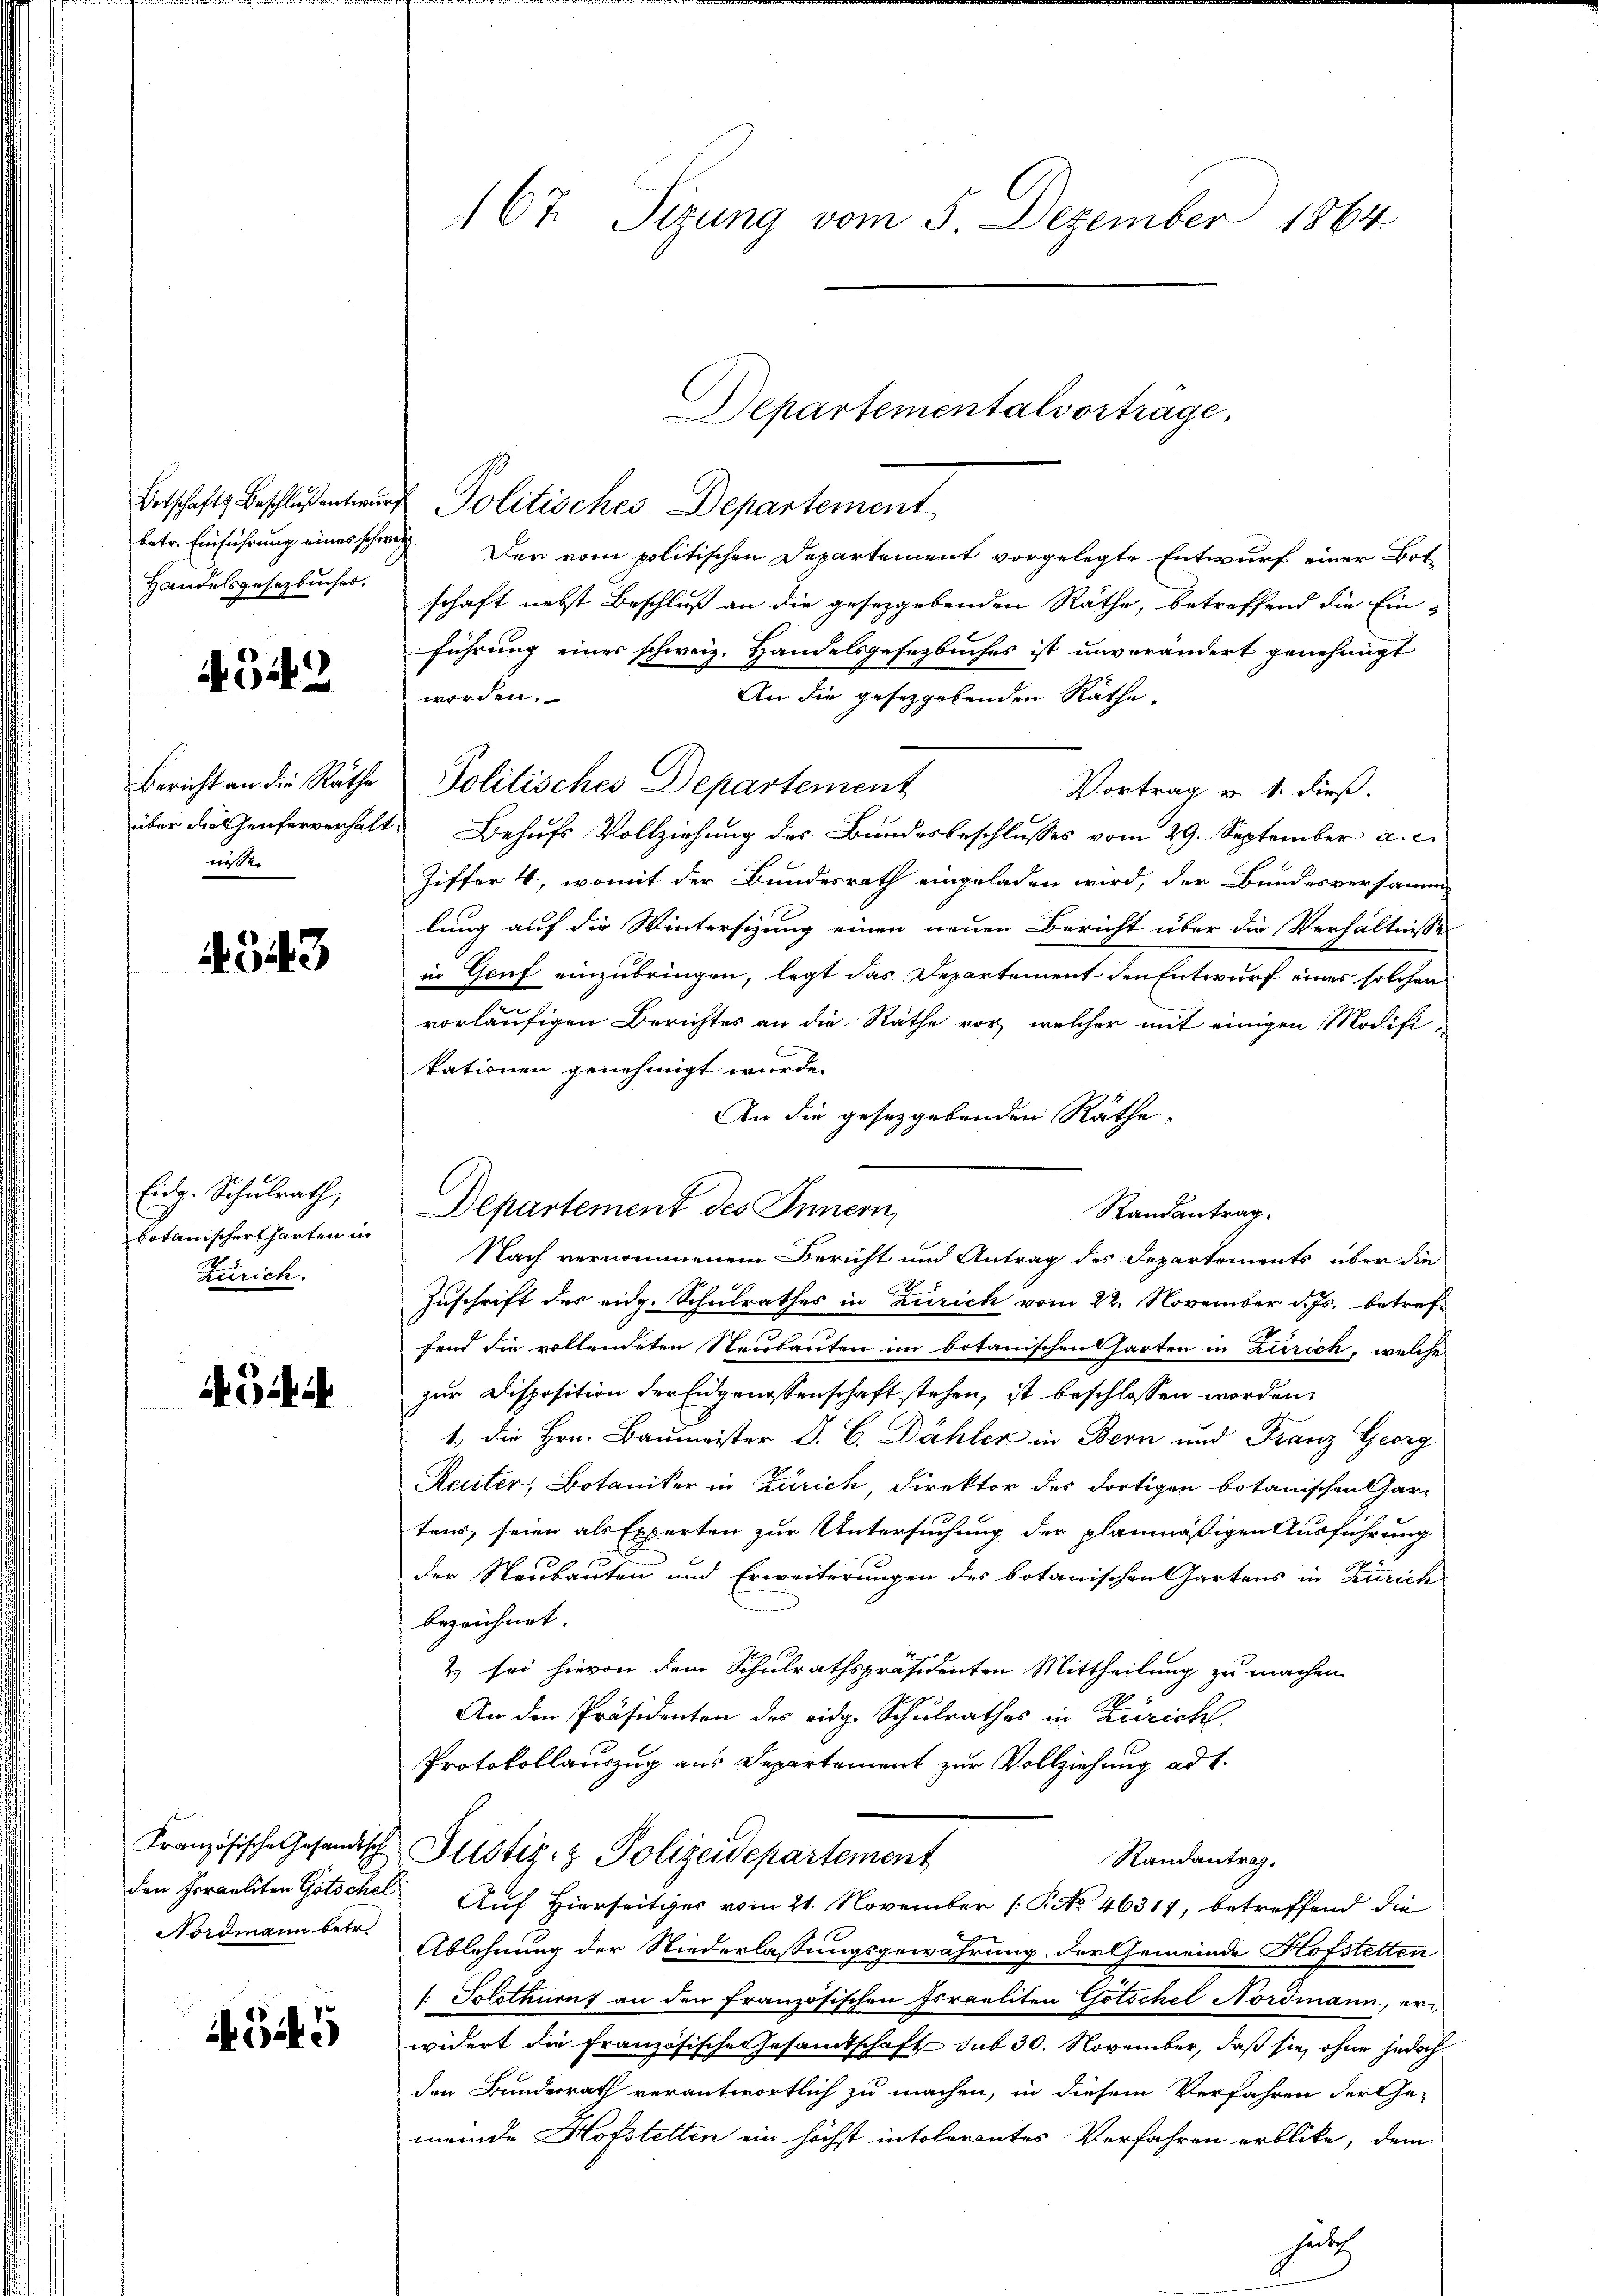
Ortschafts Beschluß entwurbetr. Einführung eines schon
Handelsgesetzbuches.

4542

Bericht an die Räthe
über dolhenferverhalt
weste

343

Eidg. Schulrath,
botanischer Garten in
Zürich.

Gii

Französische Gesandtsch
den Irraeliten Gotschel
Nordmann betr.

4545

167. Sizung vom 5. Dezember 1864

u Politisches Departement
h
Den vom politischen Departement vorgelegte Entwurf einer Botschaft nebst Beschluß an die gesezgebenden Räthe, betreffend die Ein-
führung eines schweiz. Handelsgesetzbuches ist unverändert genehmigt
An die gesetzgebenden Räthe.
worden.
Politisches Departement
Vortrag v. 1. dieß.
Behufs Vollziehung des Bundesbeschlusses vom 29. September a. c.
Ziffer 4, womit der Bundesrath eingeladen wird, der Bundesversammlung auf die Wintersizung einen neuen Bericht über die Verhältnisse
in Genf einzubringen, legt das Departement den Entwurf eines solchen
vorläufigen Berichtes an die Räthe vor, welcher mit einigen Modifitationen genehmigt wurde.
An die gesetzgebenden Räthe:
Randantrag.
Nach vernommenem Bericht und Antrag des Departements über die
Zuschrift des eidg. Schulrathes in Zürich vom 22. November d. Js. betreffend die vollendeten Neubauten im botanischen harten in Zürich, welche
zur Disposition der Eidgenossenschaft stehen, ist beschlossen worden,
1., die Hrn. Baumeister J. C. Dähler in Bern und Franz Georg
Reuter, Botaniker in Zürich, Direktor des dortigen botanischen Gar-
tons, seien als Experten zur Untersuchung der planmäßigen Ausführung
der Neubauten und Erweiterungen des botanischen Gartens in Zürich
bezeichnet. |
2) sei hievon dem Schulrathspräsidenten Mittheilung zu machen
An den Präsidenten des eidg. Schulrathes in Züricht.
Protokollauszug aus Departement zur Vollziehung ad 1.
Justiz- & Polizeidepartement
Randantrag.
Auf Hierseitiger vom 21. November (NNo. 46317, betreffend die
Ablehnung der Niederlassungsgewahrung der Gemeinde Hofstetten
: Solothurn an den französischen Israeliten Gotschel Nordmann, erwidert die Französische Gesamtschaft sub 30. November, daß sie ohne jedoch
den Bundesrath verantwortlich zu machen, in diesem Verfahren der Ge-
meinde Hofstelten ein höchst intolerantes Verfahren erblicke, dem
hatz

C
Departement des Innern,

Departementalvortrage,